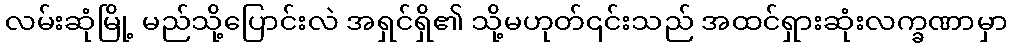
လမ်းဆုံမြို့ မည်သို့ပြောင်းလဲ အရှင်ရှိ၏ သို့မဟုတ်၎င်းသည် အထင်ရှားဆုံးလက္ခဏာမှာ